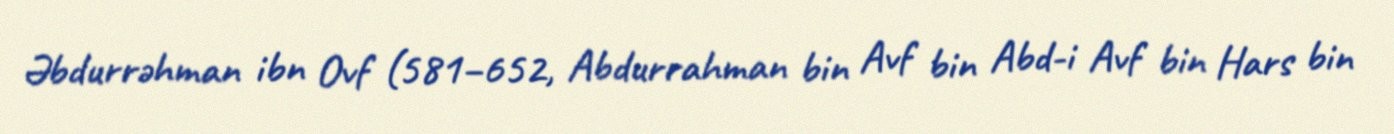
Əbdurrəhman ibn Ovf (581–652, Abdurrahman bin Avf bin Abd-i Avf bin Hars bin